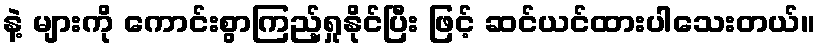
နဲ့ များကို ကောင်းစွာကြည့်ရှုနိုင်ပြီး ဖြင့် ဆင်ယင်ထားပါသေးတယ်။